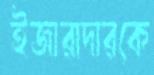
ইজারাদারকে